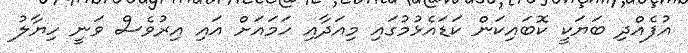
އުފެއްދި ބަޔަކީ ކޮބައިކަން ކަޑައެޅުމުގައި މިއަދާއި ހަމައަށް އައި އިރުވެސް ވަނީ ހިޔާލު